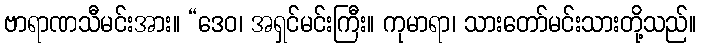
ဗာရာဏသီမင်းအား။ “ဒေဝ၊ အရှင်မင်းကြီး။ ကုမာရာ၊ သားတော်မင်းသားတို့သည်။